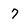
Character: 7